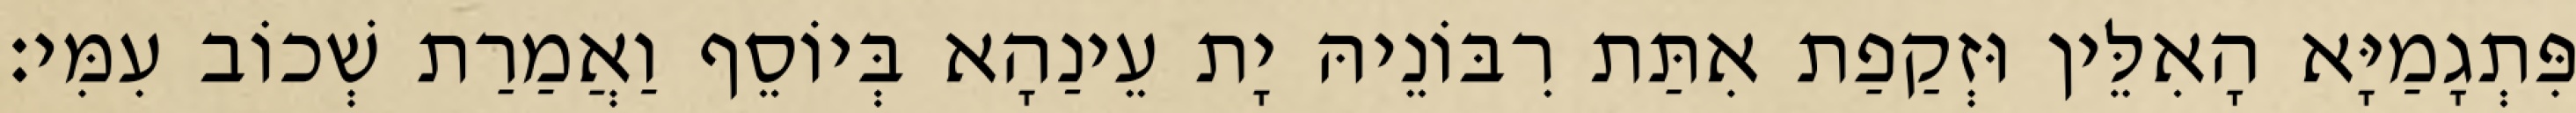
פִּתְגָמַיָּא הָאִלֵּין וּזְקַפַת אִתַּת רִבּוֹנֵיהּ יָת עֵינַהָא בְּיוֹסֵף וַאֲמַרַת שְׁכוֹב עִמִּי׃